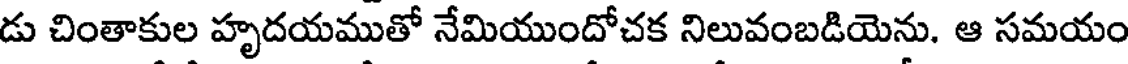
డు చింతాకుల హృదయముతో నేమియుందోచక నిలువంబడియెను. ఆ సమయం